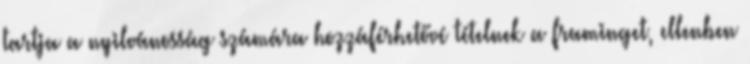
tartja a nyilvánosság számára hozzáférhetővé tételnek a framinget, ellenben